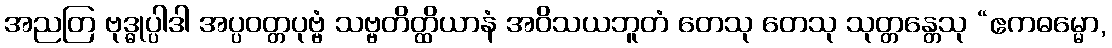
အညတြ ဗုဒ္ဓုပ္ပါဒါ အပ္ပဝတ္တပုဗ္ဗံ သဗ္ဗတိတ္ထိယာနံ အဝိသယဘူတံ တေသု တေသု သုတ္တန္တေသု “ဧကဓမ္မော,